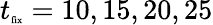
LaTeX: t_{\tiny{\textrm{fix}}}=10,15,20,25